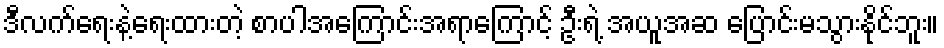
ဒီလက်ရေးနဲ့ရေးထားတဲ့ စာပါအကြောင်းအရာကြောင့် ဦးရဲ့ အယူအဆ ပြောင်းမသွားနိုင်ဘူး။